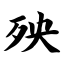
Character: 殃